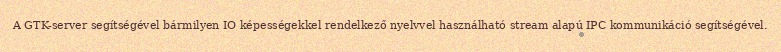
A GTK-server segítségével bármilyen IO képességekkel rendelkező nyelvvel használható stream alapú IPC kommunikáció segítségével.